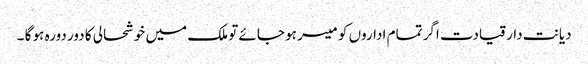
دیانت دار قیادت اگر تمام اداروں کو میسر ہو جائے تو ملک میں خوشحالی کا دور دورہ ہو گا ۔